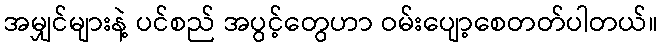
အမျှင်များနဲ့ ပင်စည် အပွင့်တွေဟာ ဝမ်းပျော့စေတတ်ပါတယ်။